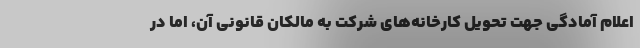
اعلام آمادگی جهت تحویل کارخانه‌های شرکت به مالکان قانونی آن، اما در